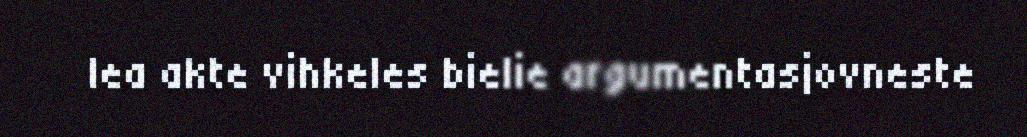
lea akte vihkeles bielie argumentasjovneste